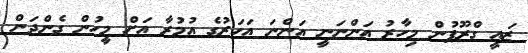
ޒައީ ގްރޫޕުން މިހާރު އަންނަނީ އަންނަ އަހަރުގެ އުމުރާ އަށް މީހުން ގެންދަން